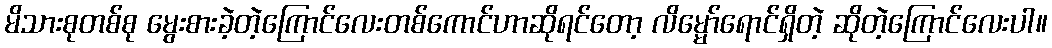
မိသားစုတစ်စု မွေးစားခဲ့တဲ့ကြောင်လေးတစ်ကောင်ဟာဆိုရင်တော့ လိမ္မော်ရောင်ရှိတဲ့ ဆိုတဲ့ကြောင်လေးပါ။